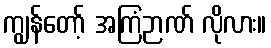
ကျွန်တော့် အကြံဉာဏ် လိုလား။